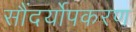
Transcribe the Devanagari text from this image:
सौंदर्योपकरण